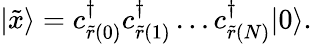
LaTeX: |\tilde{x}\rangle=c_{\tilde{r}(0)}^{\dagger}c_{\tilde{r}(1)}^{\dagger}\ldots c_{\tilde{r}(N)}^{\dagger}|0\rangle.